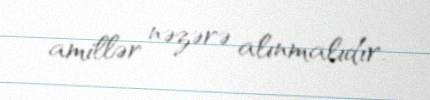
amillər nəzərə alınmalıdır.